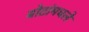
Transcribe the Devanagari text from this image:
बोटांमधले